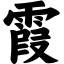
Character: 霞